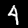
Label: 4